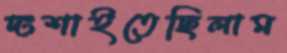
দংশাইতেছিলাম